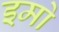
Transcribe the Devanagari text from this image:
इमो